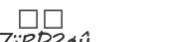
٤٤